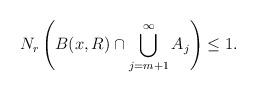
LaTeX: \begin{align*}N_{r}\left( B(x,R)\cap \bigcup_{j=m+1}^{\infty }A_{j}\right) \leq 1.\end{align*}